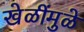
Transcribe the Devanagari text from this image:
खेळींमुळे